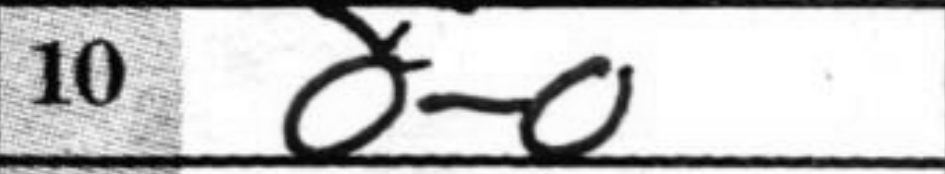
Transcription: O-O